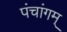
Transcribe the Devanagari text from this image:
पंचांगम्